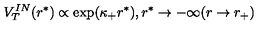
V _ { T } ^ { I N } ( r ^ { * } ) \propto \exp ( \kappa _ { + } r ^ { * } ) , r ^ { * } \to - \infty ( r \to r _ { + } )